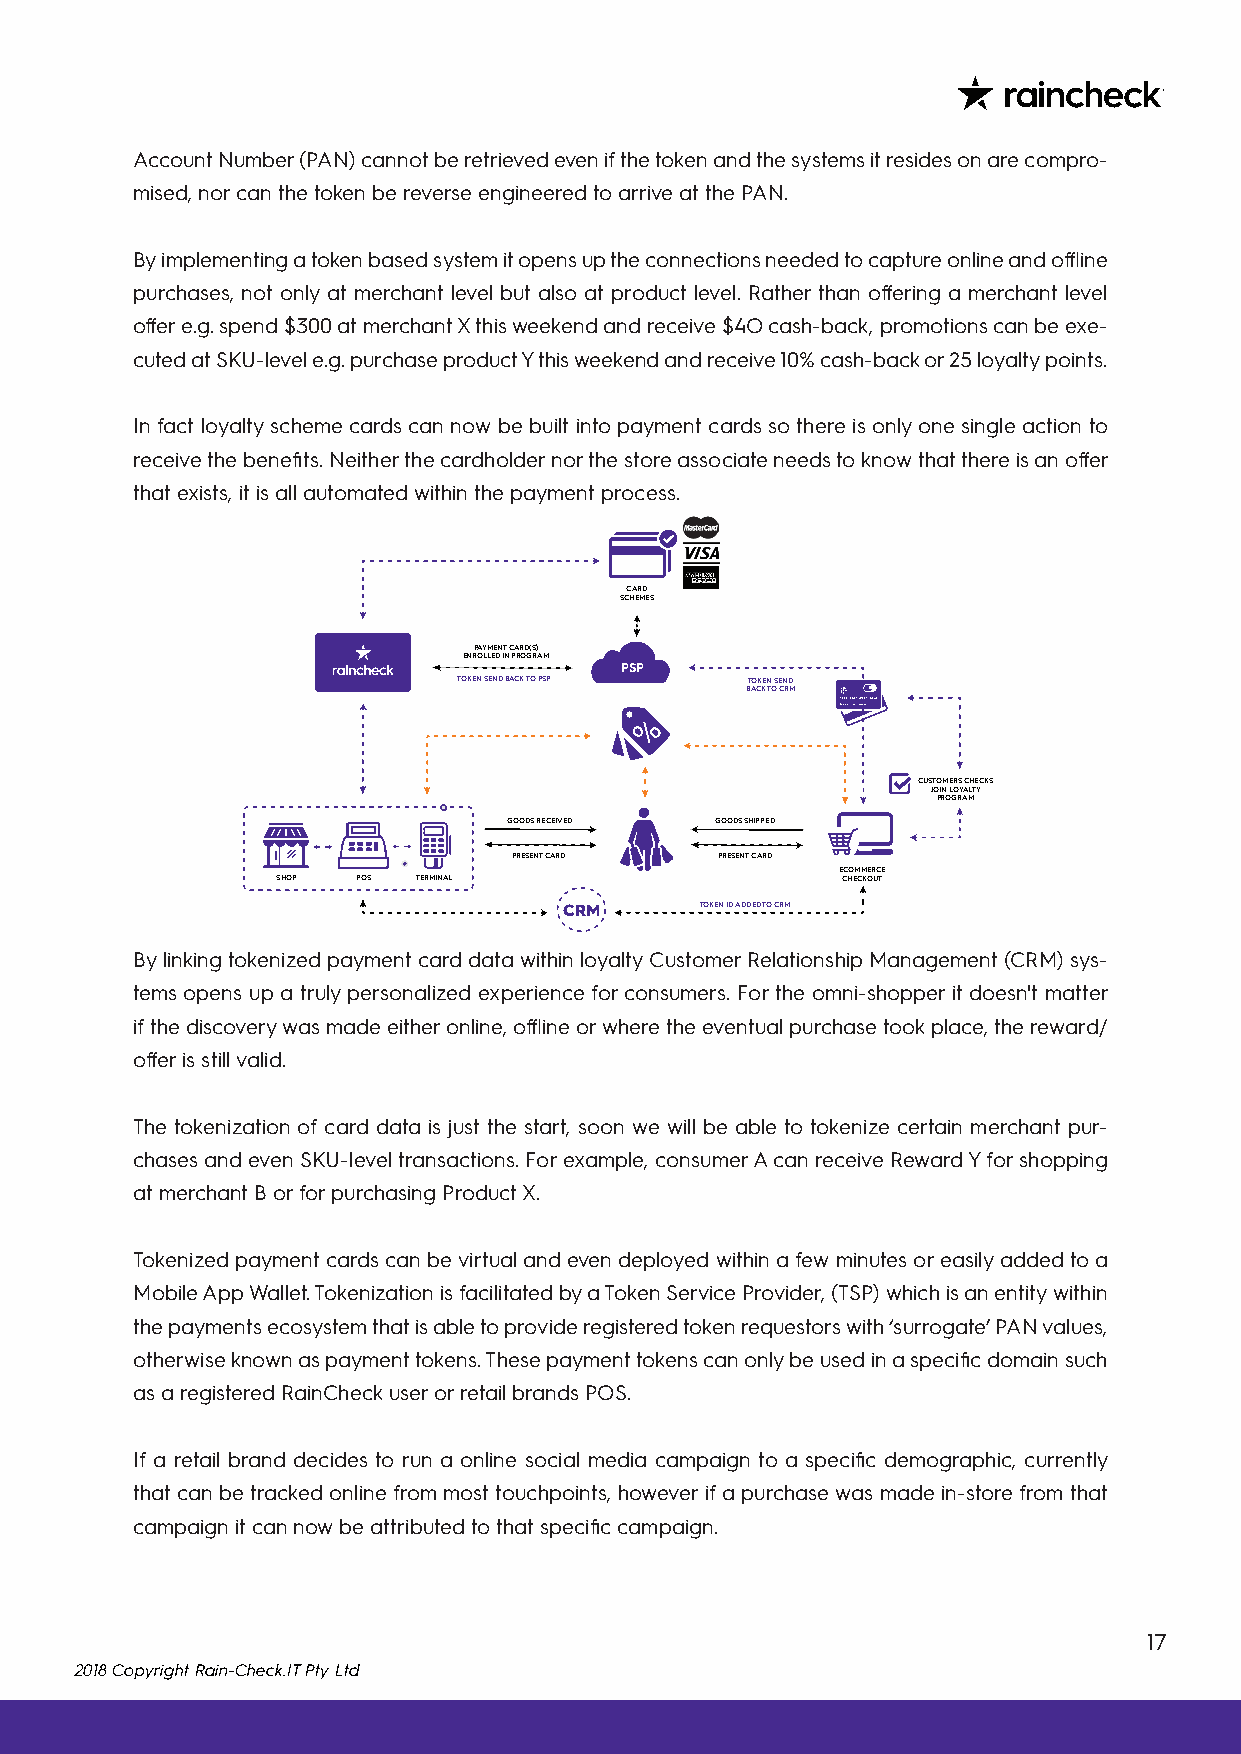
Account Number (PAN) cannot be retrieved even if the token and the systems it resides on are compro-
 mised, nor can the token be reverse engineered to arrive at the PAN.
 By implementing a token based system it opens up the connections needed to capture online and offline
 purchases, not only at merchant level but also at product level. Rather than offering a merchant level
 offer e.g. spend $300 at merchant X this weekend and receive $4O cash-back, promotions can be exe-
 cuted at SKU-level e.g. purchase product Y this weekend and receive 10% cash-back or 25 loyalty points.
 In fact loyalty scheme cards can now be built into payment cards so there is only one single action to
 receive the benefits. Neither the cardholder nor the store associate needs to know that there is an offer
 that exists, it is all automated within the payment process.
 CARD
 SCHEMES
 PAYMENT CARD(S)
 ENROLLED IN PROGRAM
 PSP
 TOKEN SEND BACK TO PSP TOKEN SEND
 BACK TO CRM
 CUSTOMERS CHECKS
 JOIN LOYALTY
 PROGRAM
 GOODS RECEIVED GOODS SHIPPED
 PRESENT CARD  PRESENT CARD
 ECOMMERCE
 SHOP  POS TERMINAL                    CHECKOUT
 CRM      TOKEN ID ADDED TO CRM
 By linking tokenized payment card data within loyalty Customer Relationship Management (CRM) sys-
 tems opens up a truly personalized experience for consumers. For the omni-shopper it doesn't matter
 if the discovery was made either online, offline or where the eventual purchase took place, the reward/
 offer is still valid.
 The tokenization of card data is just the start, soon we will be able to tokenize certain merchant pur-
 chases and even SKU-level transactions. For example, consumer A can receive Reward Y for shopping
 at merchant B or for purchasing Product X.
 Tokenized payment cards can be virtual and even deployed within a few minutes or easily added to a
 Mobile App Wallet. Tokenization is facilitated by a Token Service Provider, (TSP) which is an entity within
 the payments ecosystem that is able to provide registered token requestors with ‘surrogate’ PAN values,
 otherwise known as payment tokens. These payment tokens can only be used in a specific domain such
 as a registered RainCheck user or retail brands POS.
 If a retail brand decides to run a online social media campaign to a specific demographic, currently
 that can be tracked online from most touchpoints, however if a purchase was made in-store from that
 campaign it can now be attributed to that specific campaign.
 17
 2018 Copyright Rain-Check.IT Pty Ltd